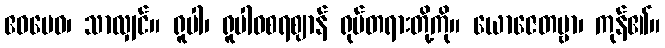
ဧဝမေဝ၊ သာလျှင်။ ရူပါ၊ ရူပါဝစရဈာန် ရုပ်တရားတို့ကို။ ယောဇေတဗ္ဗာ၊ ကုန်၏။